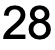
28